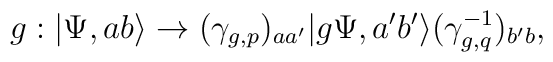
g:|\Psi,ab\rangle \to (\gamma_{g,p})_{aa'}|g\Psi,a'b'\rangle(\gamma_{g,q}^{-1})_{b'b},